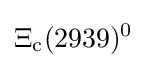
\Xi _{\rm {c}}(2939)^{0}